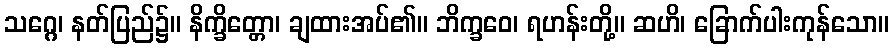
သဂ္ဂေ၊ နတ်ပြည်၌။ နိက္ခိတ္တော၊ ချထားအပ်၏။ ဘိက္ခဝေ၊ ရဟန်းတို့။ ဆဟိ၊ ခြောက်ပါးကုန်သော။